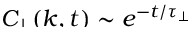
\smash { \ensuremath { C _ { \! \! \: \perp } } ( k , t ) \sim e ^ { - t / \tau _ { \perp } } }